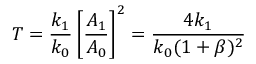
T = \frac { k _ { 1 } } { k _ { 0 } } \left[ \frac { A _ { 1 } } { A _ { 0 } } \right] ^ { 2 } = \frac { 4 k _ { 1 } } { k _ { 0 } ( 1 + \beta ) ^ { 2 } }